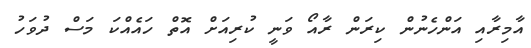
އާމިރާއި އަންހެނުން ކިރަން ރާއޯ ވަނީ ކުރިއަށް އޮތް ހައެއްކަ މަސް ދުވަހު